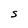
Character: S